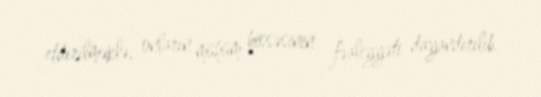
etdirilməklə, onların mühüm hissəsinin fəaliyyəti dayandırılıb.